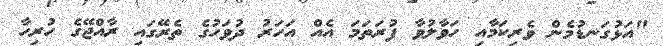
"އަޅުގަނޑުމެން ވެރިކަމާއި ހަވާލުވާ ފުރަތަމަ އެއް އަހަރު ދުވަހުގެ ތެރޭގައި ރާއްޖޭގެ ހުރިހާ